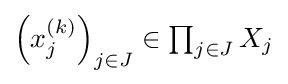
{\textstyle {\left(x_{j}^{(k)}\right)}_{j\in J}\in \prod _{j\in J}X_{j}}